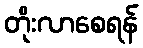
တိုးလာစေရန်